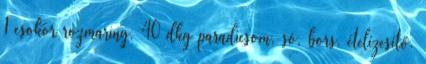
1 csokor rozmaring, 40 dkg paradicsom, só, bors, ételízesítő.